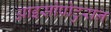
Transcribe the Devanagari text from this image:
आइसोप्रोटुरान